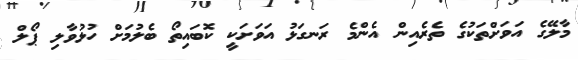
މާލޭގެ އަވަށްތަކުގެ ތެރެއިން އެންމެ ރަނގަޅު އަވަށަކީ ކޮބައިތޯ ބެލުމަށް ހުޅުވާލި ޕޯލް